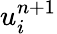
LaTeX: u_{i}^{n+1}